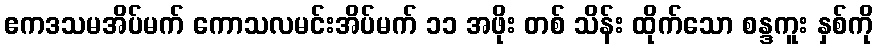
ဧကဒသမအိပ်မက် ကောသလမင်းအိပ်မက် ၁၁ အဖိုး တစ် သိန်း ထိုက်သော စန္ဒကူး နှစ်ကို